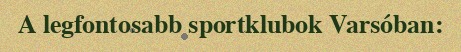
A legfontosabb sportklubok Varsóban: